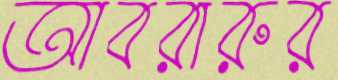
আবরারুর